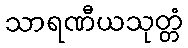
သာရဏီယသုတ္တံ